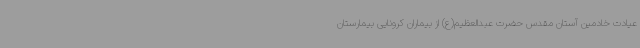
عیادت خادمین آستان مقدس حضرت عبدالعظیم(ع) از بیماران کرونایی بیمارستان